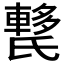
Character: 𰚺